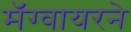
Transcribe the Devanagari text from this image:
मॅग्वायरने